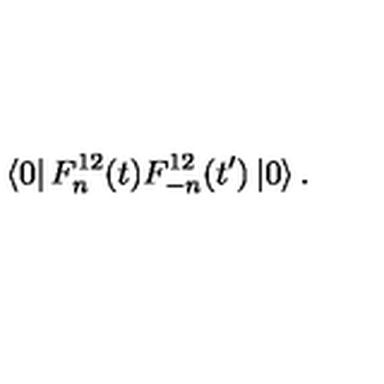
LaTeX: \left\langle 0 \right| F _ { n } ^ { 1 2 } ( t ) F _ { - n } ^ { 1 2 } ( t ^ { \prime } ) \left| 0 \right\rangle .